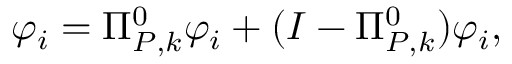
\begin{array} { r } { \varphi _ { i } = \Pi _ { { P } , k } ^ { 0 } \varphi _ { i } + ( I - \Pi _ { { P } , k } ^ { 0 } ) \varphi _ { i } , } \end{array}